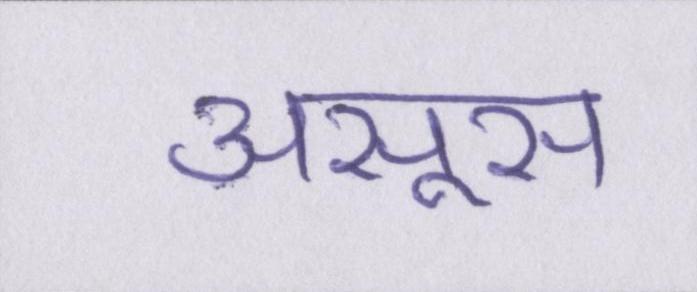
असूस